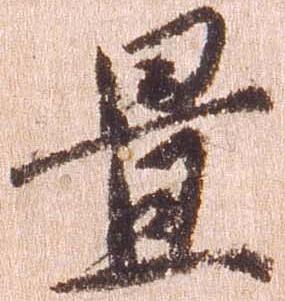
置